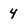
Character: 4